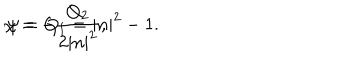
LaTeX: \chi = - \frac { Q _ { 2 } } { 2 | n | ^ { 2 } } , \hspace { 1 . 1 i n } \psi = Q _ { 1 } = | n | ^ { 2 } - 1 .